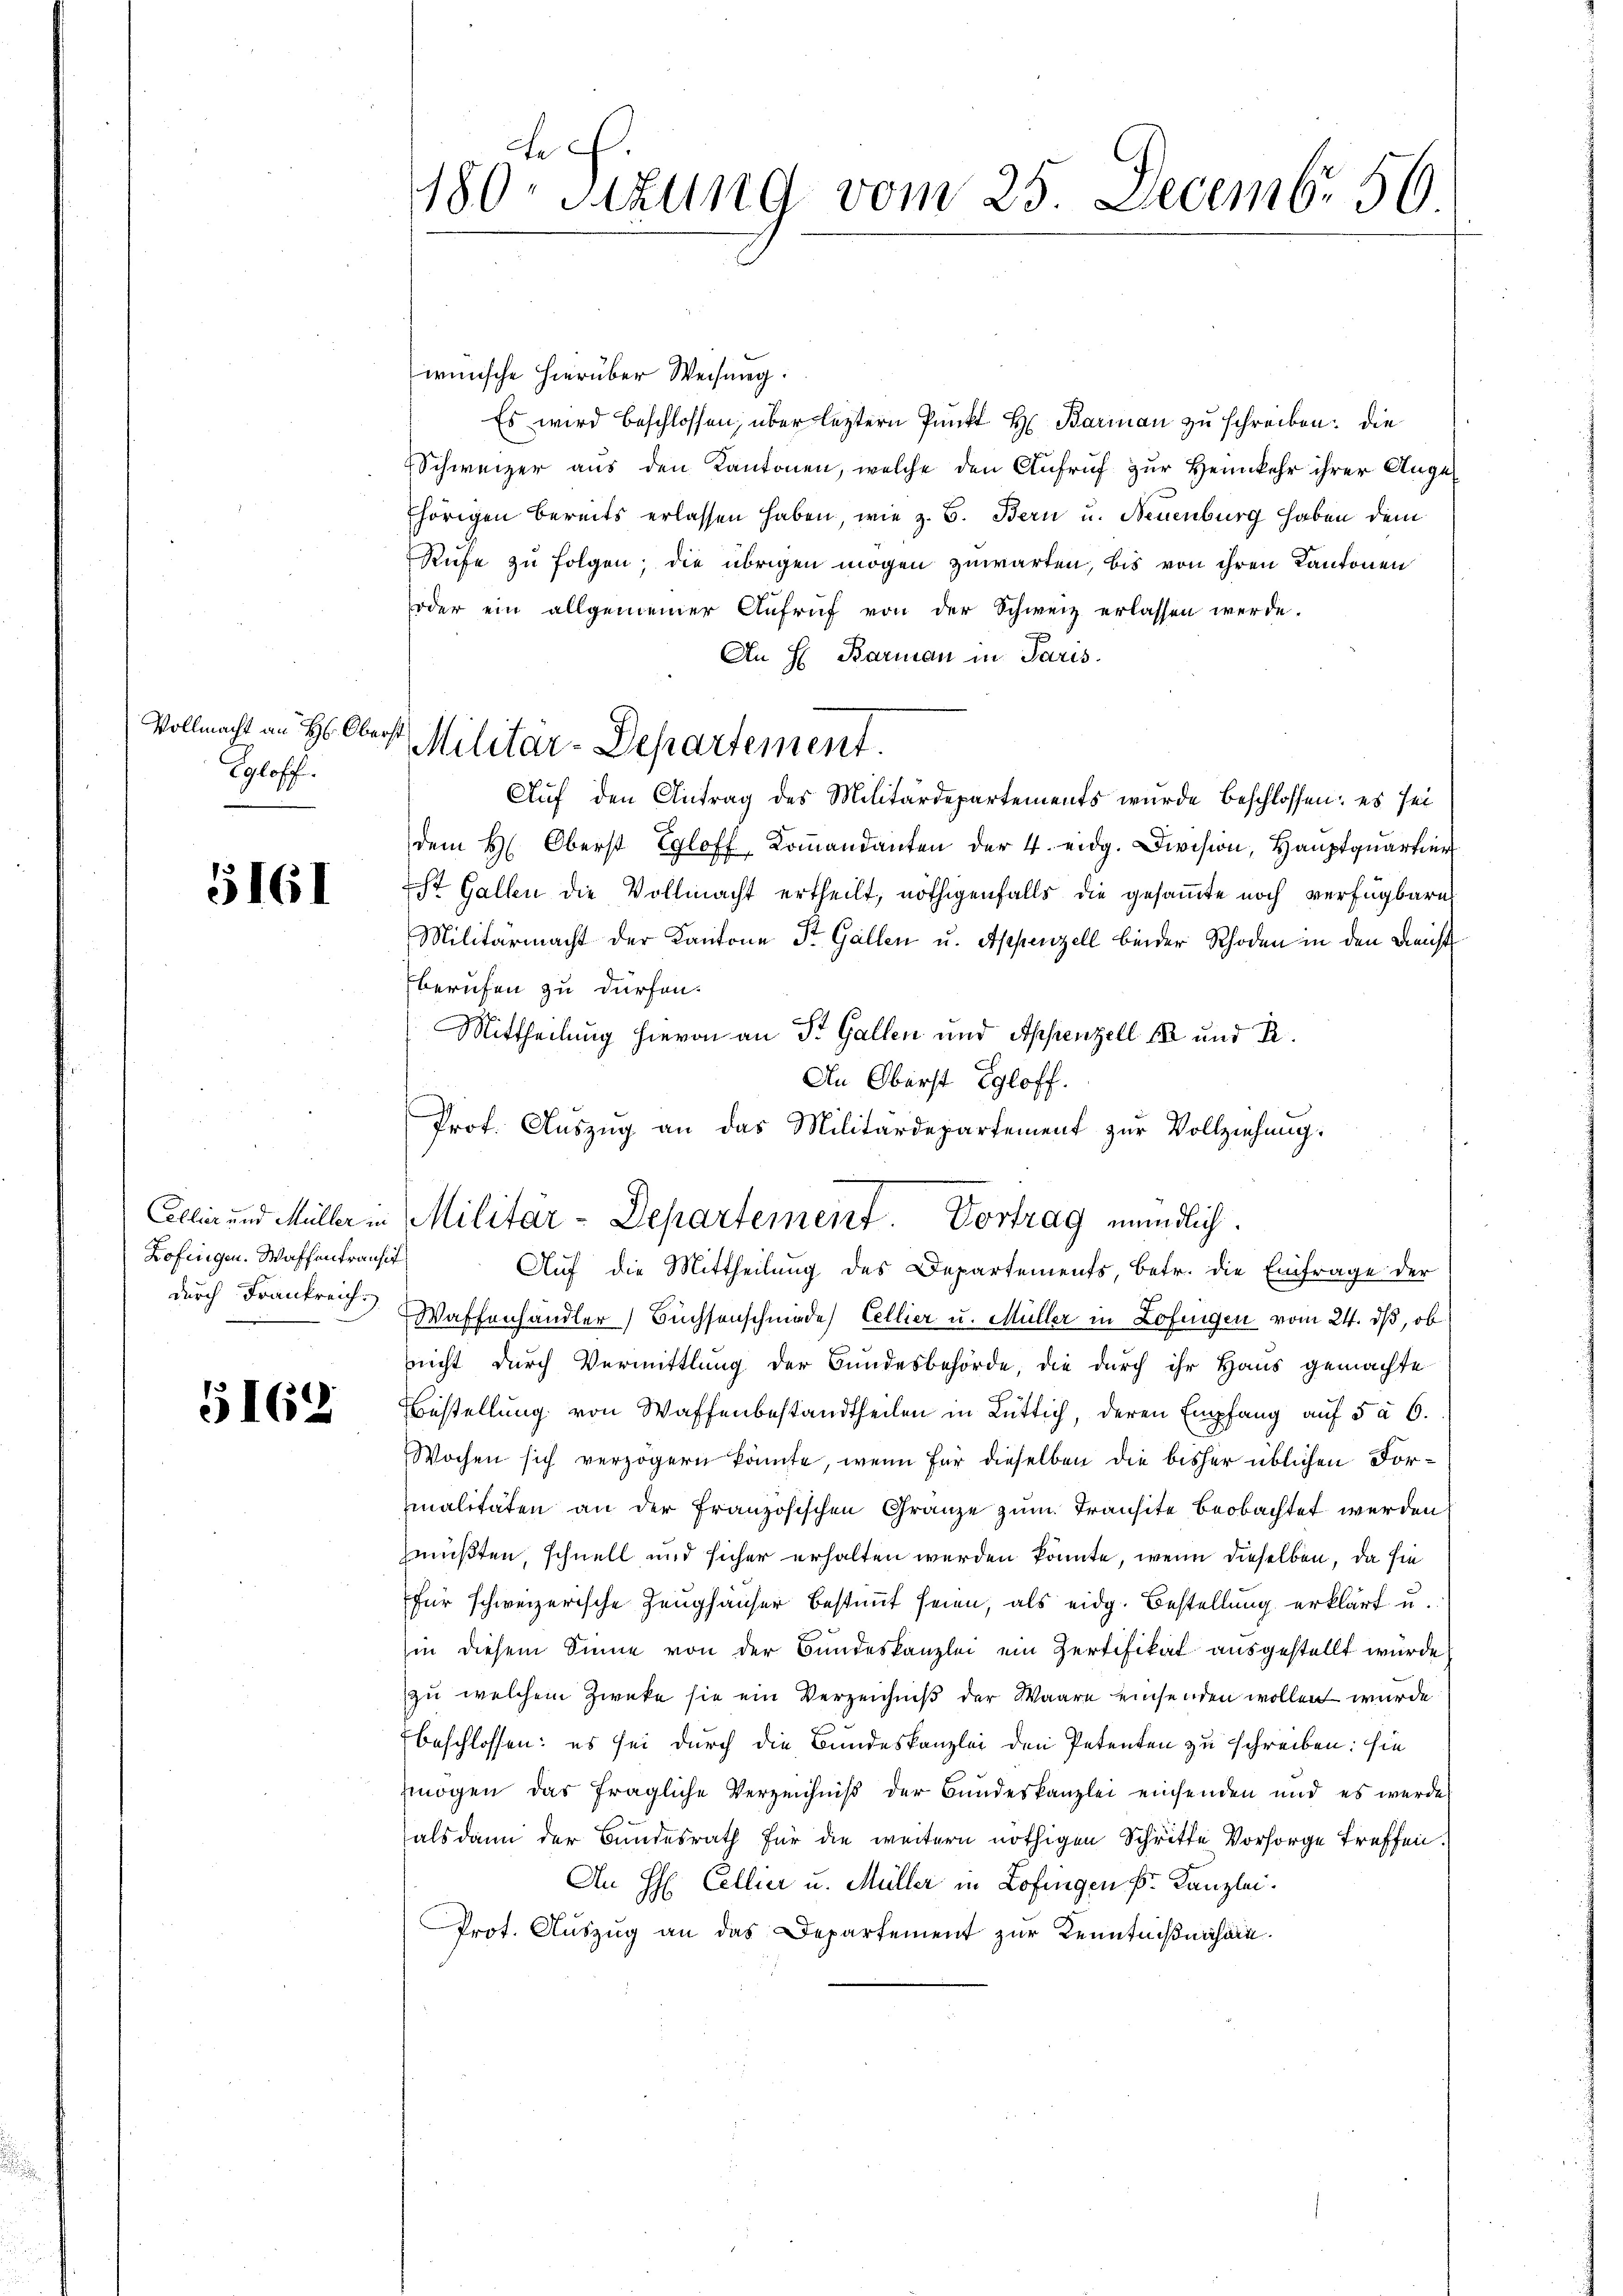
Egloff.

5161

Collier und Müller in
Lofingen. Waffentransit
durch Frankreich

5162.

1
180. Sitzung vom 25. Decemb. 56

Vollmacht an Hr. Oberst Militar-Departement.

wünsche hierüber Weisung.
Es wird beschlossen, über letztern Punkt H: Barman zu schreiben. Die
Schweizer aus den Kantonen, welche den Aufruf zur Heimkehr ihrer Ange¬
Ehörigen bereits erlassen haben, wie z. B. Bern u. Neuenburg haben dem
Rufe zu folgen; die übrigen mögen zuwarten, bis von ihren Kantonen
oder ein allgemeiner Aŭfrŭf von der Schweiz erlassen werde.
An H: Barman in Paris.
Auf den Antrag des Militärdepartements wurde beschlossen: es sei
dem H. Oberst Egloff, Koṁandanten der 4. eidg. Division, Hauptquartier
st Gallen die Vollmacht ertheilt, nöthigenfalls die gesammte noch verfügbare
Militärmacht der Kantone St. Gallen u. Appenzell beider Schoden in den Reicht
Eberufen zu dürfen.
Mittheilung hievon an St. Gallen und Appenzell 18 und R
An Oberst Egloff.
Prof. Auszug an das Militärdepartement zur Vollziehung.
Militar-Departement. Vortrag mündlich.
Auf die Mittheilung des Departements, betr. die Einfrage der
Waffenhandler Büchsenschmide Cellier u. Müller in Zofingen vom 24. ds, ob
nicht durch Vermittlung der Bundesbehörde, die durch ihr Haus gemachte
Bestellung von Waffenbestandtheilen in Rüttich, deren Empfang auf 5 à 6.
Wochen sich verzögern könnte, wenn für dieselben die bisher üblichen Formalitäten an der Französischen Gränze zum Transite beobachtet werden
zmußten, schnell und sicher erhalten werden könnte, wenn dieselben, da sie
für schweizerische Zeughäuser bestimmt seien, als eidg. Bestellung erklärt u.
in diesem Sinne von der Bundeskanzlei ein Zertifikat ausgestellt wurde,
zu welchem Zwecke sie ein Verzeichniß der Waare einsenden wollen wurde.
beschlossen: es sei durch die Bundeskanzlei den Petenten zu schreiben: sie
mögen das fragliche Verzeichniß der Bundeskanzlei einsenden und es wurde
als dann der Bundesrath für die weitern nöthigen Schritte Vorsorge treffen.
An H. Cellier u. Müller in Zofingen Dr. Kanzlei.
Prot. Auszug an das Departement zur Kenntnißnahme.